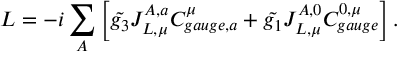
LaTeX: L = - i \sum _ { A } \left[ \tilde { g _ { 3 } } J _ { L , \mu } ^ { A , a } C _ { g a u g e , a } ^ { \mu } + \tilde { g _ { 1 } } J _ { L , \mu } ^ { A , 0 } C _ { g a u g e } ^ { 0 , \mu } \right] .